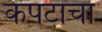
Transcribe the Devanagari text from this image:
कपटाचा